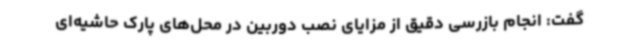
گفت: انجام بازرسی دقیق از مزایای نصب دوربین در محل‌های پارک حاشیه‌ای